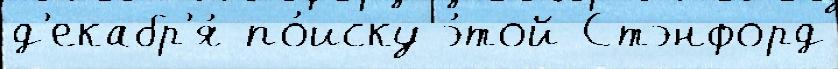
д'екабр'я́ по́иску э́той Стэнфорд